Indian journal of veterinary science and animal husbandry - Volumes 15-17, 1948-1951
Year: 1948
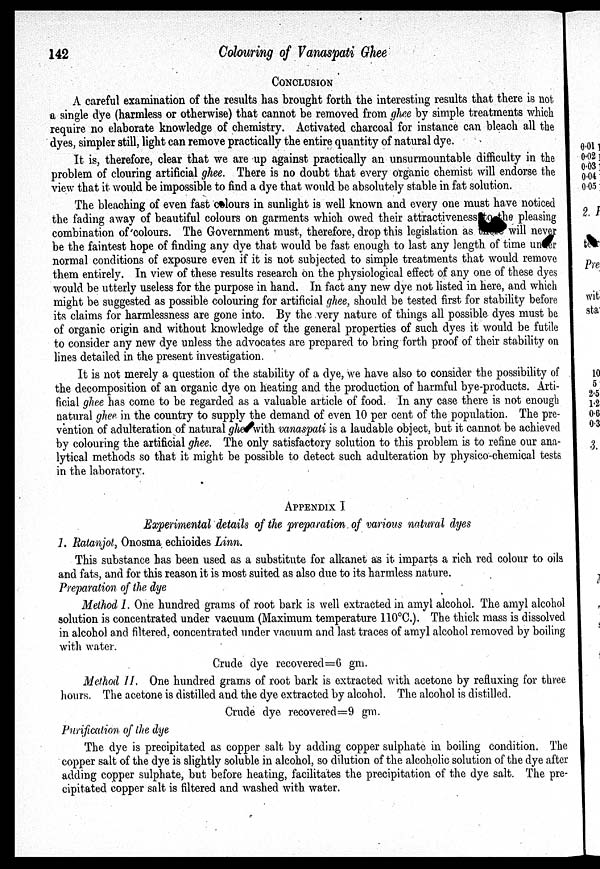
142
Colouring of Vanaspati Ghee
CONCLUSION
A careful examination of the results has brought forth the interesting results that there is not
a single dye (harmless or otherwise) that cannot be removed from ghee by simple treatments which
require no elaborate knowledge of chemistry. Activated charcoal for instance can bleach all the
dyes, simpler still, light can remove practically the entire quantity of natural dye.
It is, therefore, clear that we are up against practically an unsurmountable difficulty in the
problem of clouring artificial ghee. There is no doubt that every organic chemist will endorse the
view that it would be impossible to find a dye that would be absolutely stable in fat solution.
The bleaching of even fast c lours in sunlight is well known and every one must have noticed
the fading away of beautiful colours on garments which owed their attractiveness to the pleasing
combination of colours. The Government must, therefore, drop this legislation as
will never
be the faintest hope of finding any dye that would be fast enough to last any length of time under
normal conditions of exposure even if it is not subjected to simple treatments that would remove
them entirely. In view of these results research on the physiological effect of any one of these dyes
would be utterly useless for the purpose in hand. In fact any new dye not listed in here, and which
might be suggested as possible colouring for artificial ghee, should be tested first for stability before
its claims for harmlessness are gone into. By the very nature of things all possible dyes must be
of organic origin and without knowledge of the general properties of such dyes it would be futile
to consider any new dye unless the advocates are prepared to bring forth proof of their stability on
lines detailed in the present investigation.
It is not merely a question of the stability of a dye, we have also to consider the possibility of
the decomposition of an organic dye on heating and the production of harmful bye-products. Arti-
ficial ghee has come to be regarded as a valuable article of food. In any case there is not enough
natural ghee in the country to supply the demand of even 10 per cent of the population. The pre-
vention of adulteration of natural ghee with vanaspati is a laudable object, but it cannot be achieved
by colouring the artificial ghee. The only satisfactory solution to this problem is to refine our ana-
lytical methods so that it might be possible to detect such adulteration by physico-chemical tests
in the laboratory.
APPENDIX I
Experimental details of the preparation of various natural dyes
1. Ratanjot, Onosma echioides Linn.
This substance has been used as a substitute for alkanet as it imparts a rich red colour to oils
and fats, and for this reason it is most suited as also due to its harmless nature.
Preparation of the dye
Method I. One hundred grams of root bark is well extracted in amyl alcohol. The amyl alcohol
solution is concentrated under vacuum (Maximum temperature 110°C.). The thick mass is dissolved
in alcohol and filtered, concentrated under vacuum and last traces of amyl alcohol removed by boiling
with water.
Crude dye recovered=6 gm.
Method II. One hundred grams of root bark is extracted with acetone by refluxing for three
hours. The acetone is distilled and the dye extracted by alcohol. The alcohol is distilled.
Crude dye recovered=9 gm.
Purification of the dye
The dye is precipitated as copper salt by adding copper sulphate in boiling condition. The
copper salt of the dye is slightly soluble in alcohol, so dilution of the alcoholic solution of the dye after
adding copper sulphate, but before heating, facilitates the precipitation of the dye salt. The pre-
cipitated copper salt is filtered and washed with water.